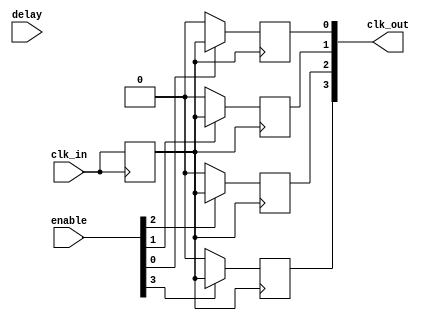
module HighFanoutClockBuffer #(
    parameter NUM_OUTPUTS = 4, // Number of output ports
    parameter DELAY_WIDTH = 4   // Width of the programmable delay (in clock cycles)
)(
    input wire clk_in,                     // Input clock signal
    input wire [NUM_OUTPUTS-1:0] enable,  // Enable signals for each output
    input wire [DELAY_WIDTH-1:0] delay,    // Programmable delay value
    output reg [NUM_OUTPUTS-1:0] clk_out   // Buffered clock outputs
);

    // Internal signal for delayed clock
    reg clk_delayed;

    // Clock buffer logic with delay
    always @(posedge clk_in) begin
        // Simple delay implementation (for demonstration purposes)
        // In a real design, you would implement a more sophisticated delay line
        clk_delayed <= clk_in; // This represents a single clock cycle delay
    end

    // Output logic
    genvar i;
    generate
        for (i = 0; i < NUM_OUTPUTS; i = i + 1) begin : output_buffer
            always @(posedge clk_delayed) begin
                if (enable[i]) begin
                    clk_out[i] <= clk_delayed; // Buffer the delayed clock
                end else begin
                    clk_out[i] <= 1'b0; // Disable output if not enabled
                end
            end
        end
    endgenerate

endmodule